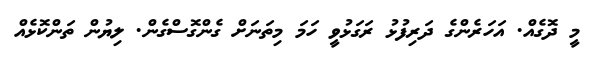
މީ ދޮގެއް. އަހަރެންގެ ދަރިފުޅު ރަގަޅުވީ ހަމަ މިތަނަށް ގެންގޮސްގެން. ލިޔުން ތަންކޮޅެއް